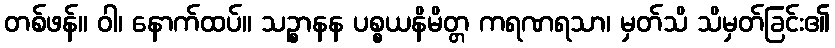
တစ်ဖန်။ ဝါ၊ နောက်ထပ်။ သဉ္စာနန ပစ္စယနိမိတ္တ ကရဏရသာ၊ မှတ်သိ သိမှတ်ခြင်း၏